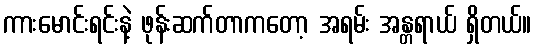
ကားမောင်းရင်းနဲ့ ဖုန်းဆက်တာကတော့ အရမ်း အန္တရာယ် ရှိတယ်။